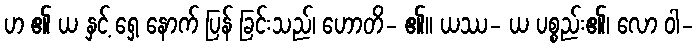
ဟ ၏ ယ နှင့် ရှေ့ နောက် ပြန် ခြင်းသည်၊ ဟောတိ- ၏။ ယဿ- ယ ပစ္စည်း၏၊ လော ဝါ-